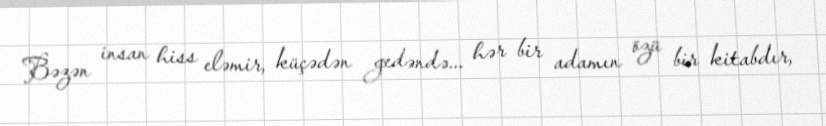
Bəzən insan hiss eləmir, küçədən gedəndə... hər bir adamın özü bir kitabdır,